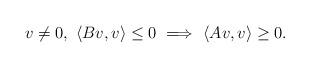
LaTeX: \begin{align*}v\not=0,~\langle Bv,v\rangle\leq 0~\Longrightarrow~\langle Av,v\rangle\geq 0.\end{align*}